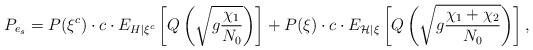
\begin{align*}P_{e_{s}} & = P(\xi^{c})\cdot c\cdot E_{H\vert\xi^{c}}\left[Q\left(\sqrt{g\frac{\chi_{1}}{N_{0}}}\right)\right]+ P(\xi)\cdot c\cdot E_{\mathcal{H}\vert\xi}\left[Q\left(\sqrt{g\frac{\chi_{1}+\chi_{2}}{N_{0}}}\right)\right],\end{align*}